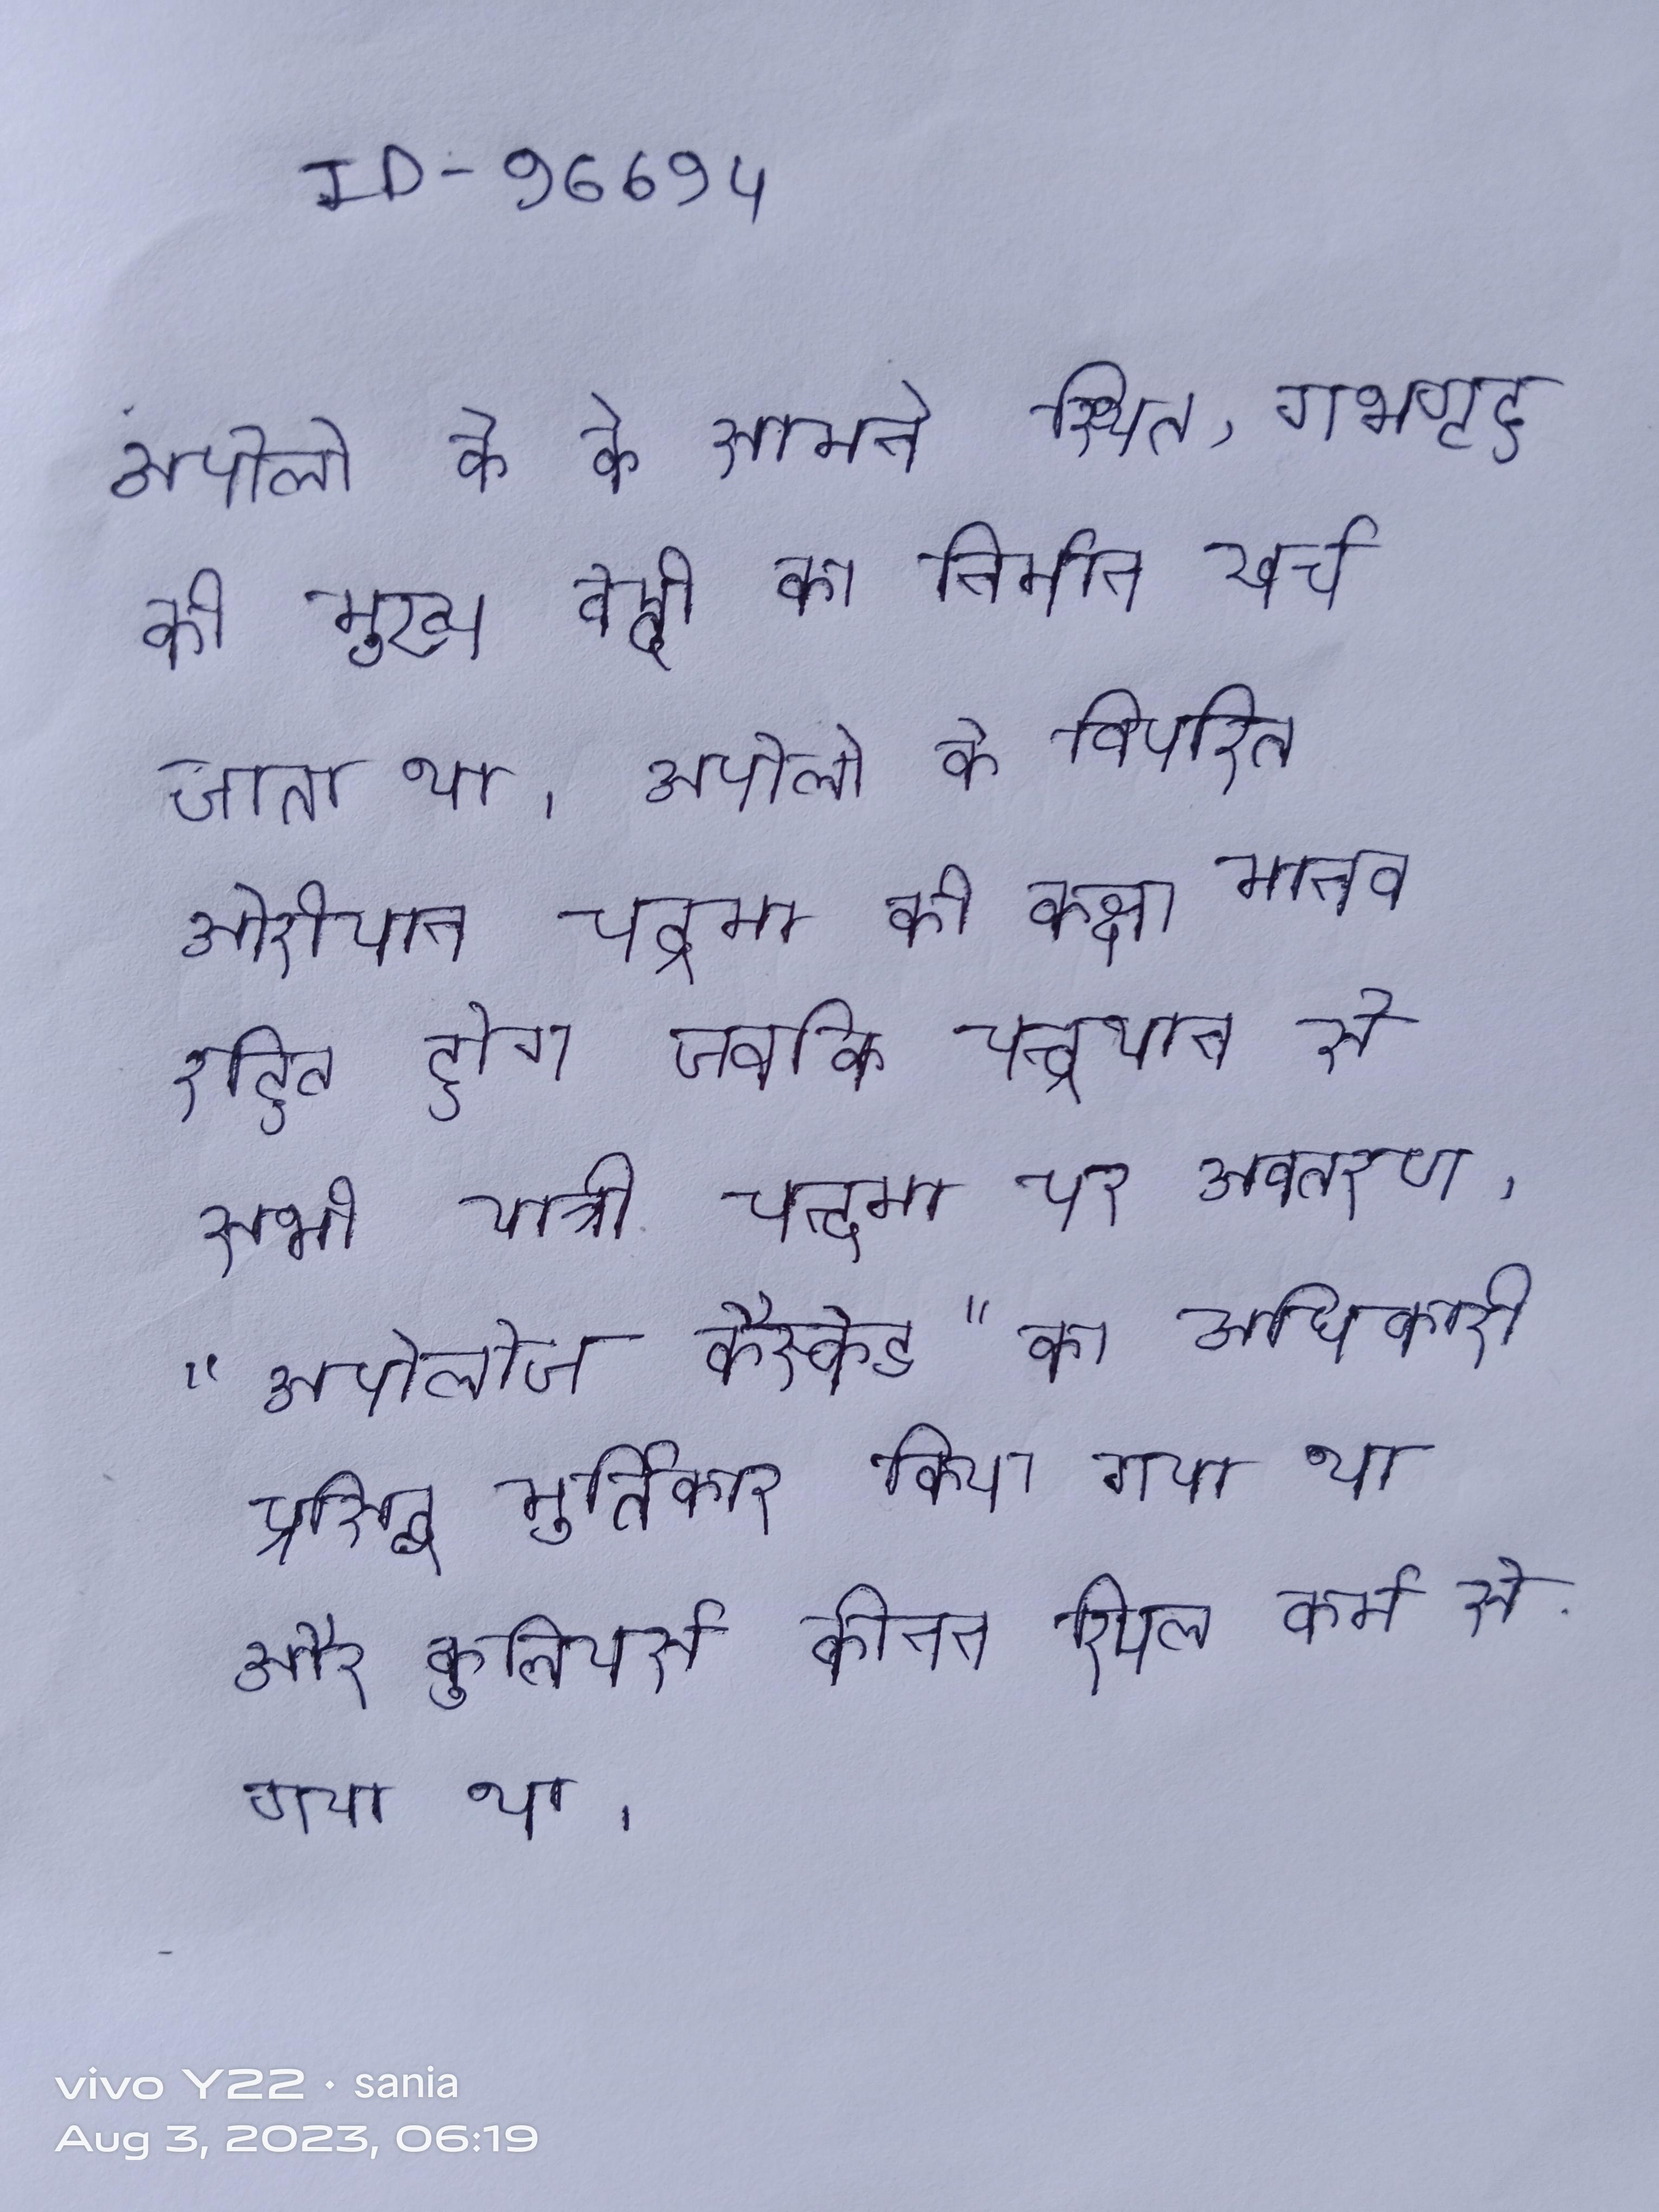
अपोलो के के सामने स्थित, गर्भगृह की मुख्य वेदी का निर्माण खर्च चिऑस के द्वारा उठाया जाता था । अपोलो के विपरित ओरीयान चन्द्रमा की कक्षा मानव रहित होगा जबकि चन्द्रयान से सभी यात्री चन्द्रमा पर अवतरण । "अपोलोज कैस्केड" का अधिकारी प्रसिद्ध मूर्तिकार रॉडने कैरोल द्वारा किया गया था और कुलियर्स कीनन रियल एस्टेट फर्म से प्राप्त एक नेतृत्व उपहार का उपयोग करते हुए बनाया गया था ।